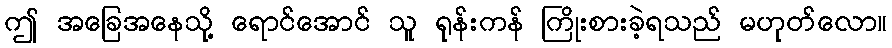
ဤ အခြေအနေသို့ ရောင်အောင် သူ ရုန်းကန် ကြိုးစားခဲ့ရသည် မဟုတ်လော။